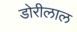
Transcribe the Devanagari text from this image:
डोरीलाल